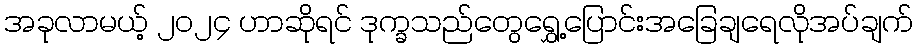
အခုလာမယ့် ၂၀၂၄ ဟာဆိုရင် ဒုက္ခသည်တွေရွှေ့ပြောင်းအခြေချရေလိုအပ်ချက်